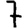
Digit: 7